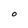
Character: 0